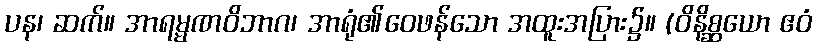
ပန၊ ဆက်။ အာရမ္မဏဝိဘာဂ၊ အာရုံ၏ဝေဖန်သော အထူးအပြား၌။ (ဝိနိစ္ဆယော ဧဝံ